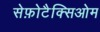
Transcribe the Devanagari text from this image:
सेफ़ोटैक्सिओम